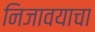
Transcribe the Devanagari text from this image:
निजावयाचा